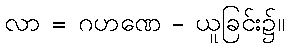
လာ = ဂဟဏေ - ယူခြင်း၌။